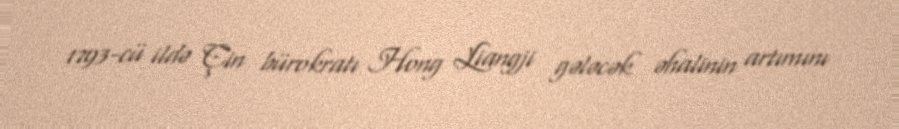
1793-cü ildə Çin bürokratı Hong Liangji gələcək əhalinin artımını